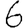
Digit: 6